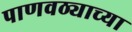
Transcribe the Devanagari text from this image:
पाणवठ्याच्‍या